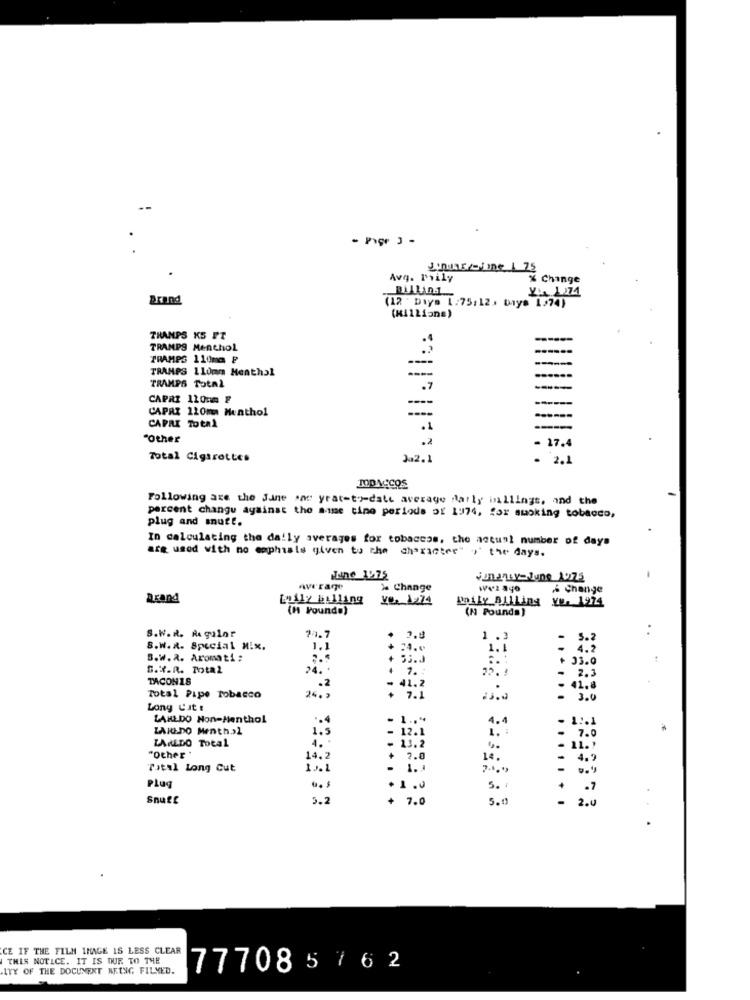
- Page 3 -
Avg. mily
Change
Y'A 174
Brand
(12 Days 1:75:12. Days 1574)
(Millions)
THANPS KS PT
TRAMPS Menthol
TRAMPS 110mc @
TRAMPS 110mm Menthal
TRAMPS TotAL
.7
---
CAPRI 110mm F
----
-----
CAPRI 120mm Menthol
CAPRI Total
.1
---
"Other
.2
- 17.4
Total Cigarettes
202.1
2.1
.
Following are the June an yrat-to-date average daily billingt. and the
plug and snutt.
percent changu against the same time periods of 1974, for smoking tobacco,
In calculating the daily averages for tobaccos, the actual number of days
are used with no caphisis given to che character" y' the days.
June 1675
% Change
& Change
axand
Lolly billing
Ve. 1274
Dnily BILLing YO. 1974
(H Found.)
(N Pounds)
S.W. R. Regular
11.7
3.8
1 .3
- 5.2
8.W. R. Special Mix.
1.1
1. 1
4.2
S.W.2. Aromati :
2.5
53.0
+ 33.0
S.V.R. Total
24. .
7. :
TACONIS
.2
. 2.3
41.2
...
41.8
Total Pipe Tobacco
24, 2
+ 7.1
3.0
Long Cit t
LAHLDO Non-Nenthol
4.4
- 1:01
LAJU.DO Menth.>2
LAREDO Total
4.
- 12. 1
. 7.8
"other "
14,2
14.
Total Long Cut
- 1.
...
Plug
5.
Snutt
3.2
+ 7.0
5.0
-
2.0
CE IF THE FILM IMAGE IS LESS CLEAR
THIS NOTICE. IT IS DUE TO THE
ITY OF THE DOCUMENT BEING FILMED.
777085762